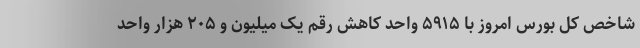
شاخص کل بورس امروز با ۵۹۱۵ واحد کاهش رقم یک میلیون و ۲۰۵ هزار واحد